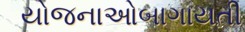
યોજનાઓબાગાયતી